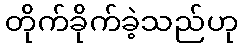
တိုက်ခိုက်ခဲ့သည်ဟု